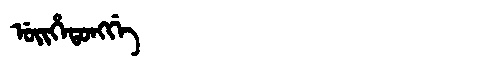
Manchu: ᡠᡳᡥᡝᡨᠣᠩᡤᡝ
Romanization: UIHETONGGE